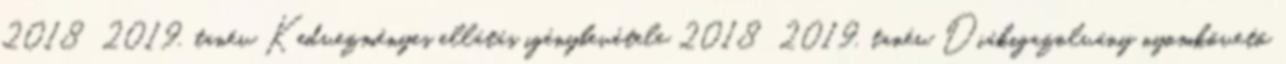
2018 2019. tanév Kedvezményes ellátás igénybevétele 2018 2019. tanév Diákigazolvány nyomkövető